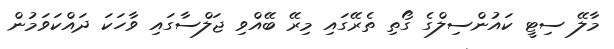
މާލޭ ސިޓީ ކައުންސިލްގެ ގޯތި ތެރޭގައި މިރޭ ބޭއްވި ޖަލްސާގައި ވާހަކަ ދައްކަވަމުން